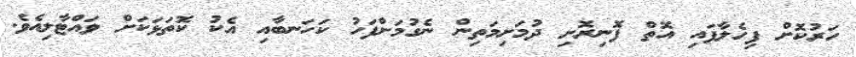
ހަރުކޮށް ފިހެލާފައި އޮތް ފޮނިރޮށި ދުމަށިމަތިން ނެގުމަށްފަހު ކަހަނބާއި އެކު ކޮތަޅަކަށް ވައްޓާލިއެވެ.